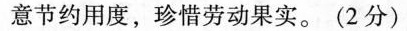
意节约用度，珍惜劳动果实。(2分)